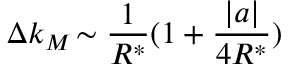
\Delta k _ { M } \! \sim \frac { 1 } { R ^ { * } } ( 1 + \frac { | a | } { 4 R ^ { * } } )